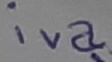
Text: iva